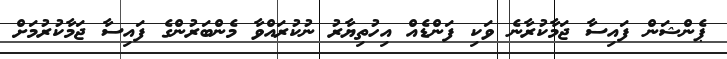
ޕެންޝަން ފައިސާ ޖަމާކުރާނެ ވަކި ފަންޑެއް އިހުތިޔާރު ނުކުރައްވާ މެންބަރުންގެ ފައިސާ ޖަމާކުރުމަށް